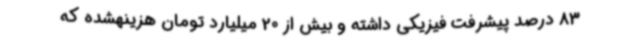
83 درصد پیشرفت فیزیکی داشته و بیش از 20 میلیارد تومان هزینهشده که